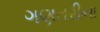
ગણતરીના